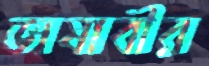
ভাষাবীর